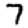
Digit: 7